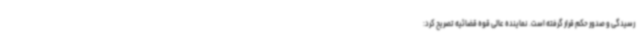
رسیدگی و صدور حکم قرار گرفته است. نماینده عالی قوه قضائیه تصریح کرد: